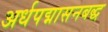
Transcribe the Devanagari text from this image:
अर्धपद्मासनबद्ध